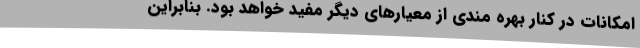
امکانات در کنار بهره مندی از معیارهای دیگر مفید خواهد بود. بنابراین